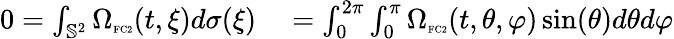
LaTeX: \begin{array}{rl}{0=\int_{\mathbb{S}^{2}}\Omega_{\textnormal{\tiny{FC2}}}(t,\xi)d\sigma(\xi)}&{{}=\int_{0}^{2\pi}\int_{0}^{\pi}\Omega_{\textnormal{\tiny{FC2}}}(t,\theta,\varphi)\sin(\theta)d\theta d\varphi}\end{array}